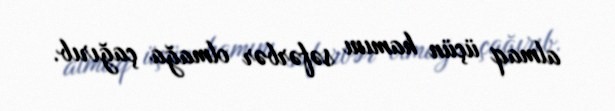
almaq üçün hamını səfərbər olmağa çağırıb.